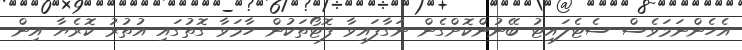
އެހެންނަމަވެސް ސެޓެލައިޓު ބޭނުންކޮށްގެން ނަގާފައިވާ ފޮޓޯތަކުން ހާމަވާ ގޮތުގައި އުތުރު ކޮރެޔާ އިން